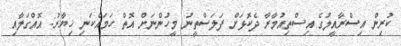
ކުރިން އިސްރާއީލުގެ އިސްތިއުމާރާ ދެކޮޅަށް ފަލަސްތީނު މީހުންނަށް އޮތް ހަމައެކަނި ޚިޔާރު: އޮއްގަލާއި